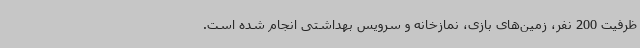
ظرفیت 200 نفر، زمین‌های بازی، نمازخانه و سرویس بهداشتی انجام شده است.